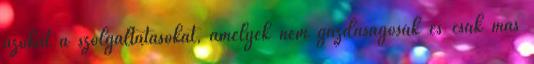
azokat a szolgáltatásokat, amelyek nem gazdaságosak és csak más